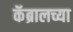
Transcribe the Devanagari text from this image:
कॅब्रालच्या